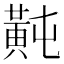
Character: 𪎶